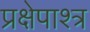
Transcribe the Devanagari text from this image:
प्रक्षेपाश्त्र